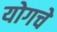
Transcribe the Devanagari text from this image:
योगचे